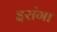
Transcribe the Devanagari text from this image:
इरांगा